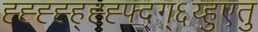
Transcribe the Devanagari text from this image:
ह्ह्ह्ह्ह्ह्ह्फ्द्ग्६य्हुएतु